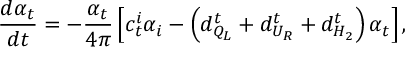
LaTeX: \frac { d \alpha _ { t } } { d t } = - \frac { \alpha _ { t } } { 4 \pi } \left[ c _ { t } ^ { i } \alpha _ { i } - \left( d _ { Q _ { L } } ^ { t } + d _ { U _ { R } } ^ { t } + d _ { H _ { 2 } } ^ { t } \right) \alpha _ { t } \right] ,